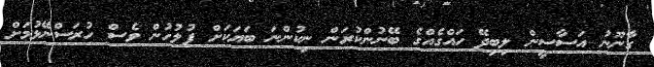
ގާނޫނު އަސާސީން ލިބިދޭ ހައްގެއްގެ ބޭނުންކުރަން ނިކުންނަ ބަޔަކަށް ފުލުހުން ވެސް ހުރަސްނޭޅުމަށް